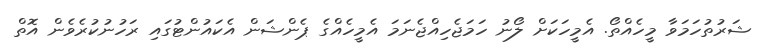
ޝަރުތުހަމަވާ މީހެއްތޯ. އެމީހަކަށް ލޯނު ހަމަޖެހިއްޖެނަމަ އެމީހެއްގެ ޕެންޝަން އެކައުންޓުގައި ރަހުނުކުރެވެން އޮތް